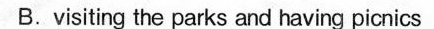
B.visitingthe parks and having picnics